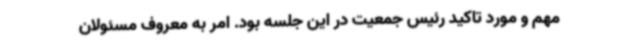
مهم و مورد تاکید رئیس جمعیت در این جلسه بود. امر به معروف مسئولان